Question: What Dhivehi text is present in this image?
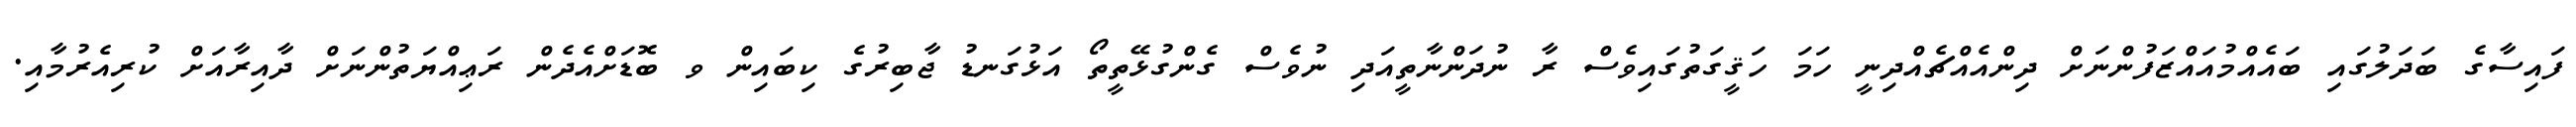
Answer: ފައިސާގެ ބަދަލުގައި ބައެއްމުއައްޒަފުންނަށް ދިންއެއްޗެއްދިނީ ހަމަ ހަޤީގަތުގައިވެސް ރާ ނުދަންނާތީއަދި ނުވެސް ގެންގުޅޭތީތޯ އަޅުގަނޑު ޖާބިރުގެ ކިބައިން ވ ބޮޑަށްއެދެން ރަޢިއްޔަތުންނަށް ދާއިރާއަށް ކުރިއެރުމާއި.